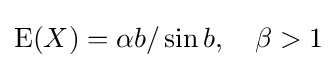
\operatorname {E} (X)=\alpha b/\sin b,\quad \beta >1